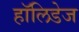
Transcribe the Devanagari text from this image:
हॉलिडेज